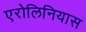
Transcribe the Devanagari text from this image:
एरोलिनियास